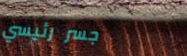
جسر رئيسي